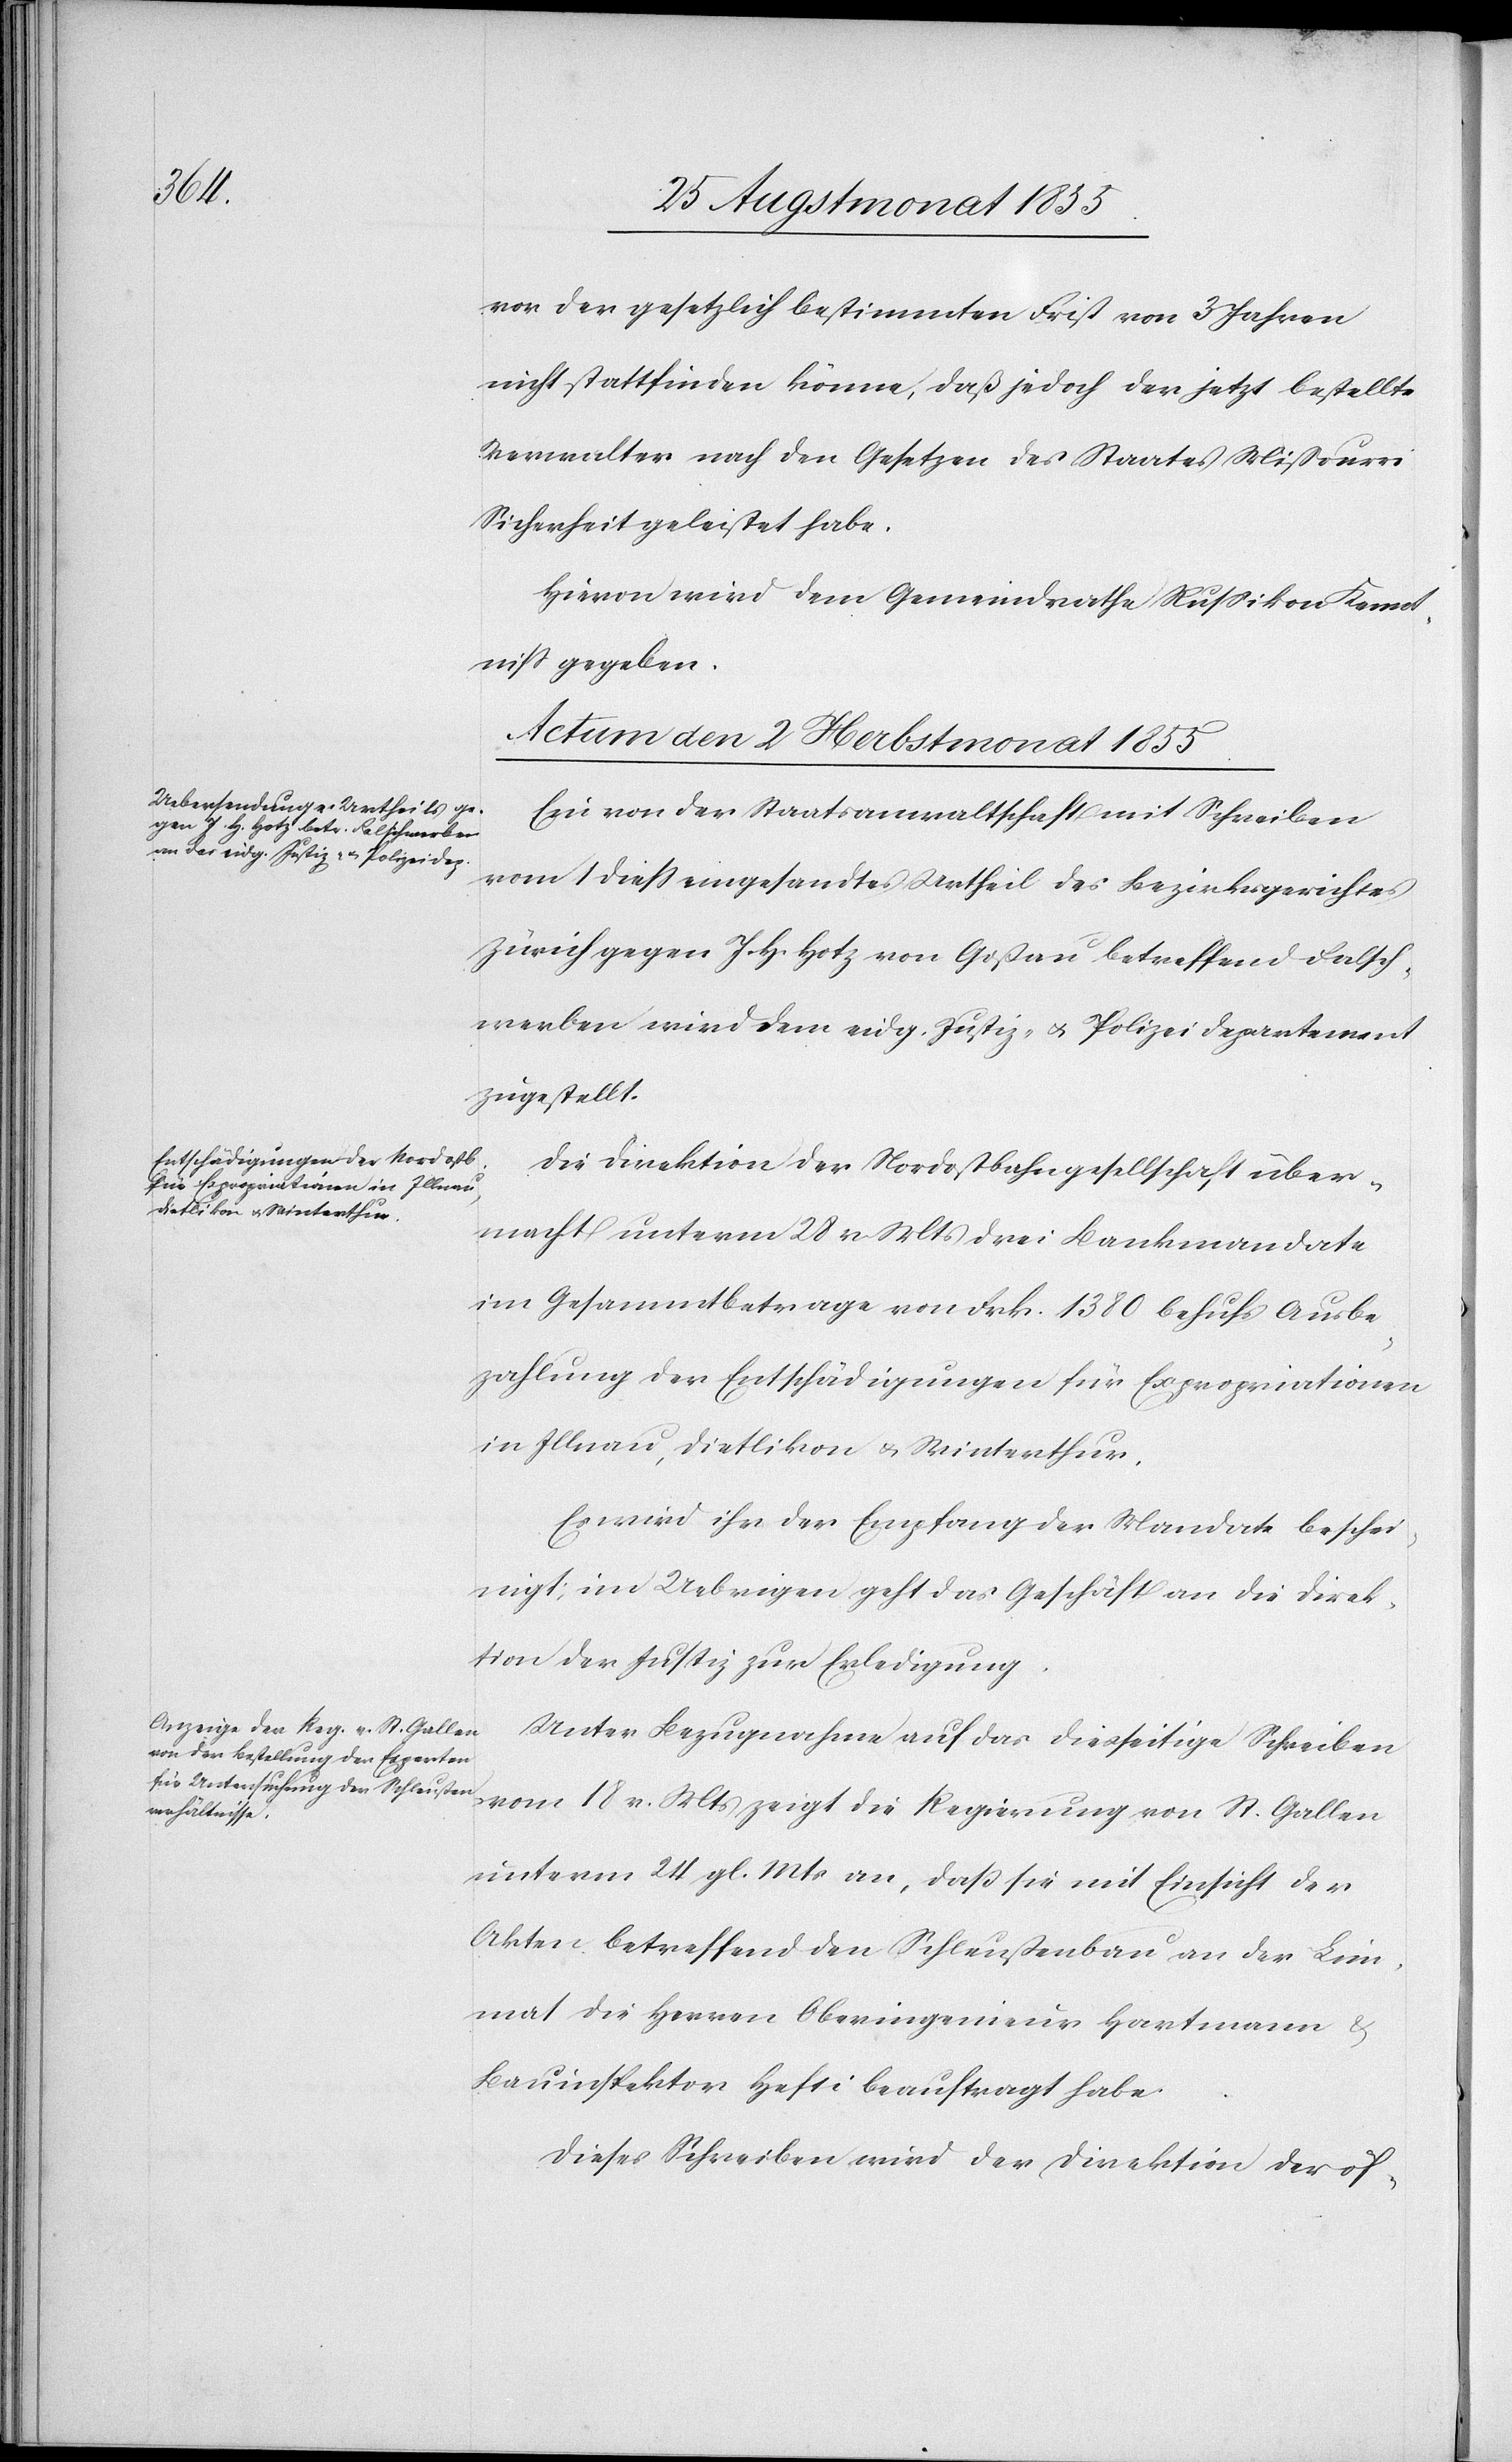
vor der gesetzlich bestimmten Frist von 3 Jahren
nicht stattfinden könne, daß jedoch der jetzt bestellte
Verwalter nach den Gesetzen des Staates Mißourri
Sicherheit geleistet habe.
Hievon wird dem Gemeindrathe Russikon Kennt¬
niss gegeben.
Actum den 2 Herbstmonat 1855.]
Ein von der Staatsanwaltschaft mit Schreiben
vom 1 diess eingesandtes Urtheil des Bezirksgerichtes
Zürich gegen J. H. Hotz von Goßau betreffend Falsch¬
werben wird dem eidg. Justiz- & Polizeidepartement
zugestellt.
Die Direktion der Nordostbahngesellschaft über¬
macht unterm 28 v. Mts drei Bankmandate
im Gesammtbetrage von Frk. 1380 behufs Ausbe¬
zahlung der Entschädigungen für Expropriationen
in Illnau, Dietlikon & Winterthur.
Es wird ihr der Empfang der Mandate beschei¬
nigt; im Uebrigen geht das Geschäft an die Direk¬
tion der Justiz zur Erledigung.
Unter Bezugnahme auf das diesseitige Schreiben
vom 18 v. Mts zeigt die Regierung von St. Gallen
unterm 24 gl. Mts an, daß sie mit Einsicht der
Akten betreffend den Schleußenbau an der Lim¬
mat die Herren Oberingenieur Hartmann &
Bauinspektor Hefti beauftragt habe.
Dieses Schreiben wird der Direktion der öf-